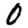
Digit: 0